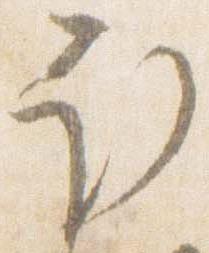
取